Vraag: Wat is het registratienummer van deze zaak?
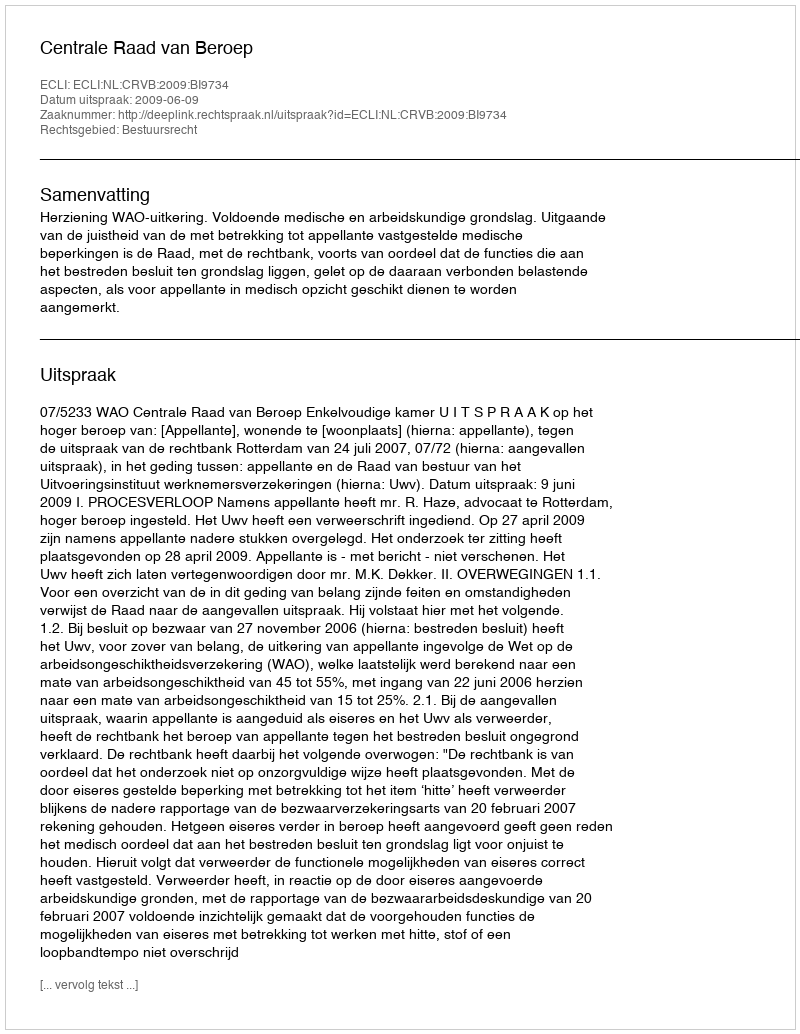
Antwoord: http://deeplink.rechtspraak.nl/uitspraak?id=ECLI:NL:CRVB:2009:BI9734